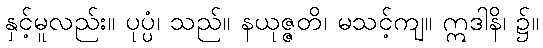
နှင့်မူလည်း။ ပုပ္ပံ၊ သည်။ နယုဇ္ဇတိ၊ မသင့်ကျ။ ဣဒါနိ၊ ၌။